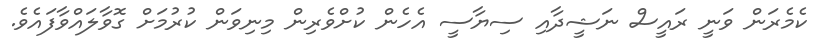
ކެމެރަން ވަނީ ރައީސް ނަޝީދާއި ސިޔާސީ އެހެން ކުށްވެރިން މިނިވަން ކުރުމަށް ގޮވާލައްވާފައެވެ.